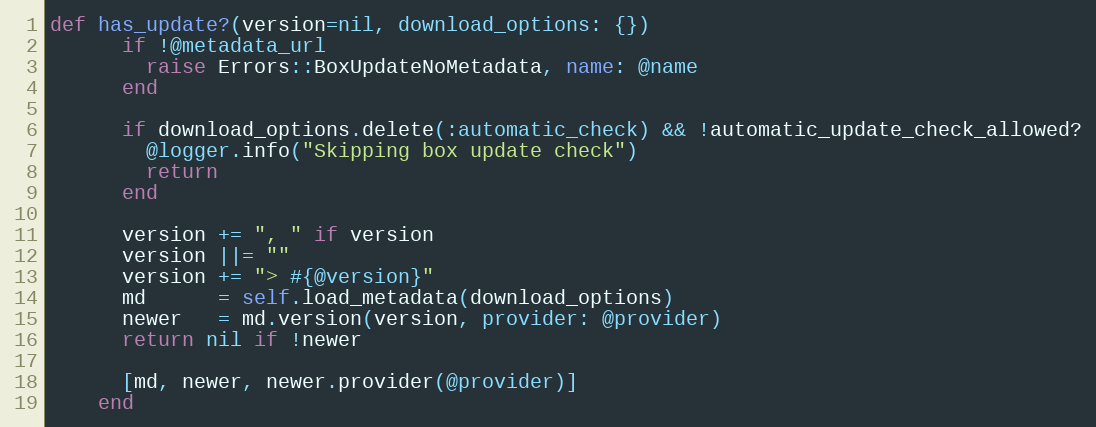
Language: Ruby
def has_update?(version=nil, download_options: {})
      if !@metadata_url
        raise Errors::BoxUpdateNoMetadata, name: @name
      end

      if download_options.delete(:automatic_check) && !automatic_update_check_allowed?
        @logger.info("Skipping box update check")
        return
      end

      version += ", " if version
      version ||= ""
      version += "> #{@version}"
      md      = self.load_metadata(download_options)
      newer   = md.version(version, provider: @provider)
      return nil if !newer

      [md, newer, newer.provider(@provider)]
    end